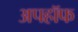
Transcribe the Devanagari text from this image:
अपहॉफ